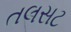
તલસટ